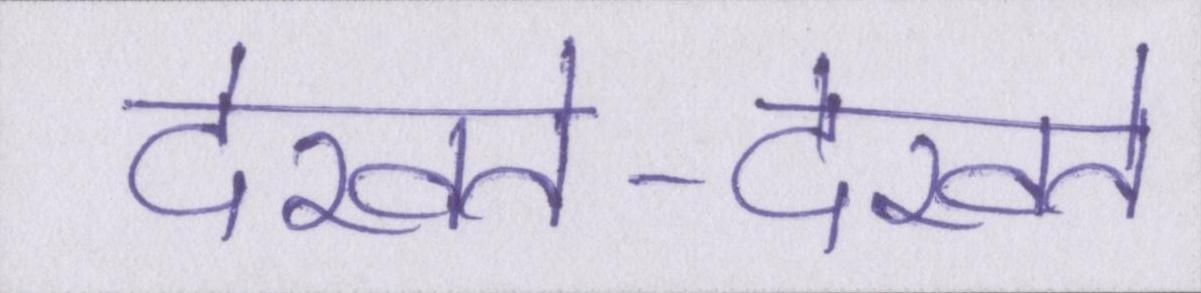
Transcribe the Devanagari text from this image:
देखते-देखते